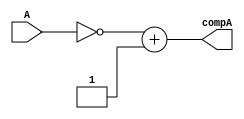
`timescale 1ns / 1ps
//////////////////////////////////////////////////////////////////////////////////
// Company: 
// Engineer: 
// 
// Creater Name: Prachi Singhroha
// Design Name: 
// Module Name: 2sComplement
// Project Name: 
// Target Devices: 
// Tool Versions: 
// Description: 
// 
// Dependencies: 
// 
// Revision:
// Revision 0.01 - File Created
// Additional Comments:
// 
//////////////////////////////////////////////////////////////////////////////////


module TwosComplement(
        input wire [5:0] A,
        output wire [5:0] compA

    );
    //wire [5:0] n = 6'b000001;

    assign compA = ~A+1'b1;
    
endmodule